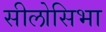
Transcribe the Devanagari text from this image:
सीलोसिभा